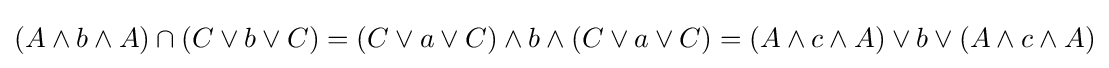
(A\wedge b\wedge A)\cap (C\vee b\vee C)=(C\vee a\vee C)\wedge b\wedge (C\vee a\vee C)=(A\wedge c\wedge A)\vee b\vee (A\wedge c\wedge A)